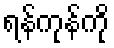
ရန်ကုန်ကို